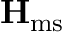
\mathbf { H } _ { \mathrm { m s } }